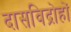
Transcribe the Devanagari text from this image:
दासविद्रोहों